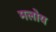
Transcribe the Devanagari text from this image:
मलोय